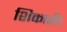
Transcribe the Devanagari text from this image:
शिकारी।